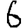
Digit: 6